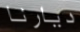
ديارنا